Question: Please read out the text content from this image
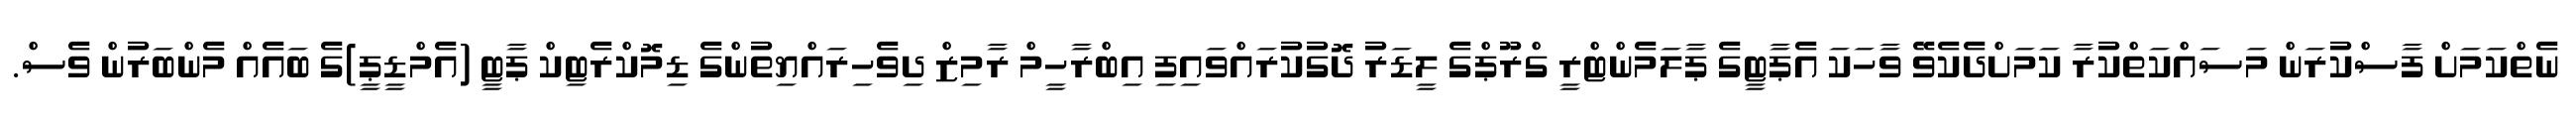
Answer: ނެތްކަމަށް ފާސްކުރަން މަސައްކަތްކުރާ ކަމަށްދެކެވޭ ވާހަކަ އެޕާޓީގެ ޕާލަމެންޓްރީ ގްރޫޕްގެ ލީޑަރު ދޮގުކުރައްވައިފި އިބްރާހީމް ރާމިޒް ދިވެހިރައްޔިތުންގެ ޑިމޮކްރެޓިކް ޕާޓީ (އެމްޑީޕީ)ގެ ބައެއް މެންބަރުން ވެސް.